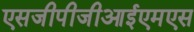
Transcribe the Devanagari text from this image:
एसजीपीजीआईएमएस